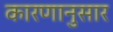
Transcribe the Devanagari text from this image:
कारणानुसार